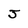
Character: J